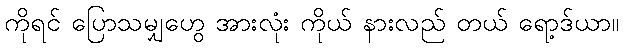
ကိုရင် ပြောသမျှဟွေ အားလုံး ကိုယ် နားလည် တယ် ရော့ဒ်ယာ။